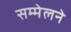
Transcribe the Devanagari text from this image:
सम्मेलने